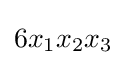
6x_{1}x_{2}x_{3}